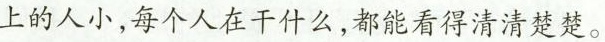
上的人小，每个人在干什么，都能看得清清楚楚。